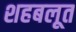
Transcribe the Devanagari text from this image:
शहबलूत